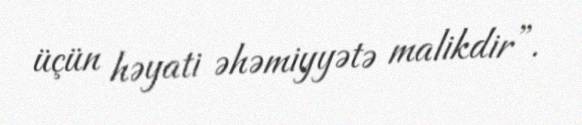
üçün həyati əhəmiyyətə malikdir”.